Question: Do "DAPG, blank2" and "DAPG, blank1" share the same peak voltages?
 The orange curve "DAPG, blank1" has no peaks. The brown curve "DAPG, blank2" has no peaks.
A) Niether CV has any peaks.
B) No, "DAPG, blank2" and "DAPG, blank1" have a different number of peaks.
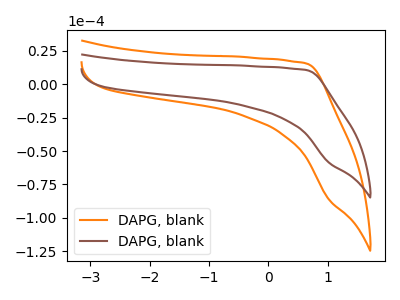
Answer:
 <answer>A) Niether CV has any peaks.</answer>
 <eval>A</eval>